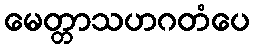
မေတ္တာသဟဂတံပေ